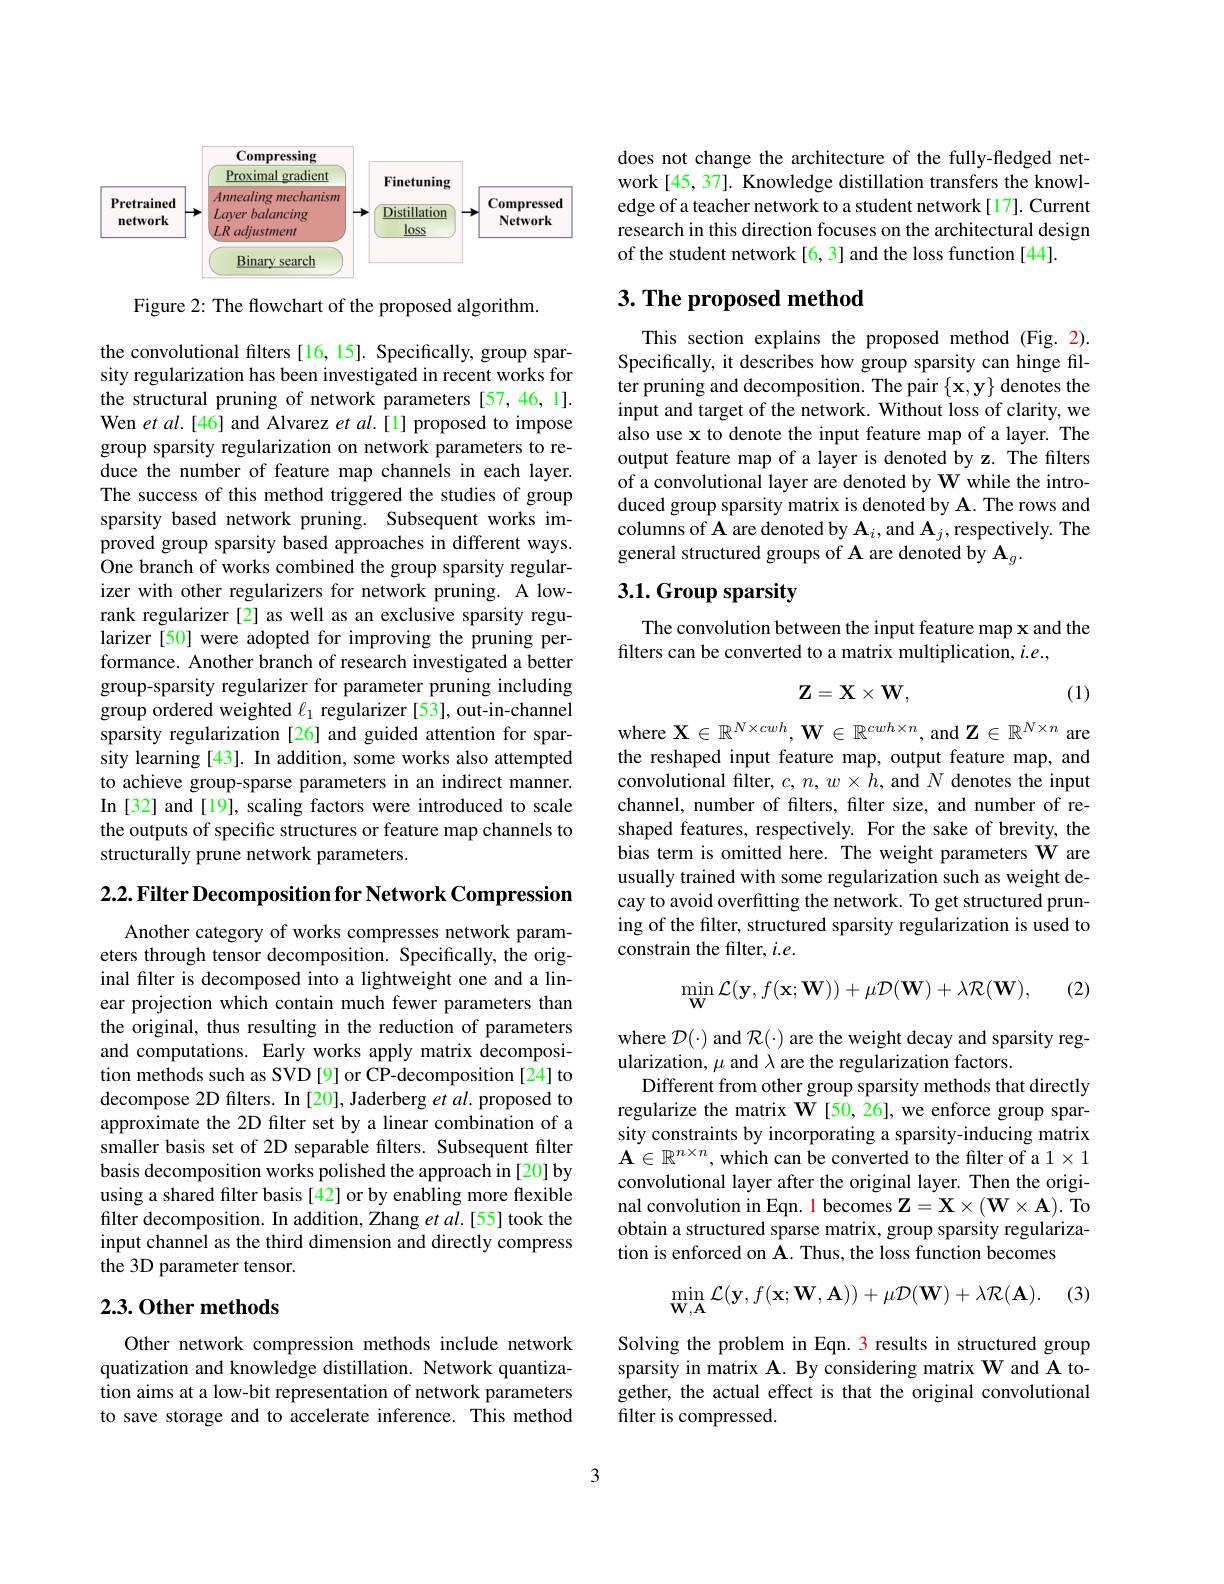
<FigureHere>

Figure 2: The flowchart of the proposed algorithm.

the convolutional filters [16, 15]. Specifically, group sparsity regularization has been investigated in recent works for the structural pruning of network parameters [57,46,1]. Wen $etal.[46]$ and Alvarez et $al.[1]$ proposed to impose group sparsity regularization on network parameters to reduce the number of feature map channels in each layer. The success of this method triggered the studies of group sparsity based network pruning. Subsequent works improved group sparsity based approaches in different ways. One branch of works combined the group sparsity regularizer with other regularizers for network pruning. A lowrank regularizer [2] as well as an exclusive sparsity regularizer [50] were adopted for improving the pruning performance. Another branch of research investigated a better group-sparsity regularizer for parameter pruning including group ordered weighted $\ell_1$ regularizer [53], out-in-channel sparsity regularization [26] and guided attention for sparsity learning [43]. In addition, some works also attempted to achieve group-sparse parameters in an indirect manner. In [32] and [19], scaling factors were introduced to scale the outputs of specific structures or feature map channels to structurally prune network parameters.

$2. 2. \textbf{Filter Decomposition for Network Compression}$

Another category of works compresses network parameters through tensor decomposition. Specifically, the original filter is decomposed into a lightweight one and a linear projection which contain much fewer parameters than the original, thus resulting in the reduction of parameters and computations. Early works apply matrix decomposition methods such as SVD [9] or CP-decomposition [24] to decompose 2D filters. In [20], Jaderberg et al. proposed to approximate the 2D filter set by a linear combination of a smaller basis set of 2D separable filters. Subsequent filter basis decomposition works polished the approach in [20] by using a shared filter basis [42] or by enabling more flexible filter decomposition. In addition, Zhang et $al.$[55] took the input channel as the third dimension and directly compress the 3D parameter tensor.

## 2.3.0ther methods

Other network compression methods include network quatization and knowledge distillation. Network quantization aims at a low-bit representation of network parameters to save storage and to accelerate inference. This method

does not change the architecture of the fully-fledged network [45, 37]. Knowledge distillation transfers the knowledge of a teacher network to a student network[17]. Current research in this direction focuses on the architectural design of the student network[6, 3] and the loss function [44].

## $3. \textbf{ The proposed method}$

This section explains the proposed method (Fig. 2). Specifically, it describes how group sparsity can hinge filter pruning and decomposition. The pair $\{\mathbf{x},\mathbf{y}\}$ denotes the input and target of the network. Without loss of clarity, we also use x to denote the input feature map of a layer. The output feature map of a layer is denoted by z. The filters of a convolutional layer are denoted by W while the introduced group sparsity matrix is denoted by A. The rows and columns of A are denoted by $\mathbf{A}_i$,and $\mathbf{A}_j$,respectively. The general structured groups of A are denoted by Ag.

## 3.1.Group sparsity

The convolution between the input feature map x and the
filters can be converted to a matrix multiplication, $i.e.$,
$$\mathbf{Z}=\mathbf{X}\times\mathbf{W},$$
(1)

where $\mathbf{X}\in\mathbb{R}^{N\times cwh},\mathbf{W}\in\mathbb{R}^{cwh\times n}$, and $\mathbf{Z}\in\mathbb{R}^N\times n$ are the reshaped input feature map, output feature map, and convolutional filter, $c,n,w\times\hat{h}$, and $N$ denotes the input channel, number of filters, filter size, and number of reshaped features, respectively. For the sake of brevity, the bias term is omitted here. The weight parameters W are usually trained with some regularization such as weight decay to avoid overfitting the network. To get structured pruning of the filter, structured sparsity regularization is used to constrain the filter, $i.e.$

(2)
$$\min_{\mathbf{W}}\mathcal{L}(\mathbf{y},f(\mathbf{x};\mathbf{W}))+\mu\mathcal{D}(\mathbf{W})+\lambda\mathcal{R}(\mathbf{W}),$$
where $\mathcal{D}(\cdot)$ and $\mathcal{R}(\cdot)$ are the weight decay and sparsity reg-
ularization, $\mu$ and $\lambda$ are the regularization factors.
Different from other group sparsity methods that directly regularize the matrix W[50,26],we enforce group sparsity constraints by incorporating a sparsity-inducing matrix $\mathbf{A}\in\mathbb{R}^{n\times n}$, which can be converted to the filter of a $1\times1$ convolutional layer after the original layer. Then the original convolution in Eqn. 1 becomes $\mathbf{Z}=\mathbf{X}\times(\mathbf{W}\times\mathbf{A}).$ To obtain a structured sparse matrix, group sparsity regularization is enforced on A. Thus, the loss function becomes

(3)
$$\min_{\mathbf{W},\mathbf{A}}\mathcal{L}(\mathbf{y},f(\mathbf{x};\mathbf{W},\mathbf{A}))+\mu\mathcal{D}(\mathbf{W})+\lambda\mathcal{R}(\mathbf{A}).$$
Solving the problem in Eqn. 3 results in structured group sparsity in matrix A. By considering matrix W and A together, the actual effect is that the original convolutional filter is compressed.

3